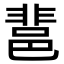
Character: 𨛬